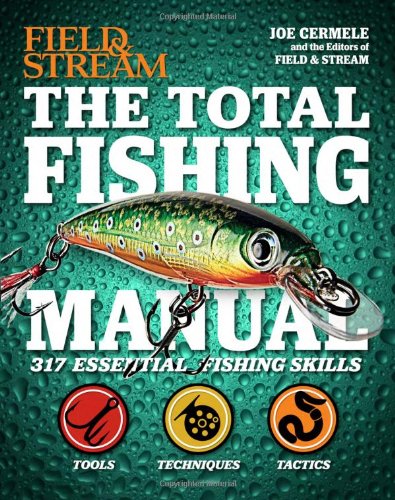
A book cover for The Total Fishing Manual (Field & Stream): 317 Essential Fishing Skills (Field and Stream); Joe Cermele; Sports & Outdoors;